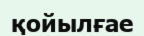
қойылғае